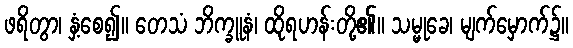
ဖရိတွာ၊ နှံ့စေ၍။ တေသံ ဘိက္ခူနံ၊ ထိုရဟန်းတို့၏။ သမ္မုခေ၊ မျက်မှောက်၌။